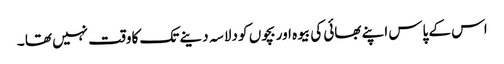
اس کے پاس اپنے بھائی کی بیوہ اور بچوں کو دلاسہ دینے تک کاوقت نہیں تھا ۔